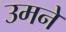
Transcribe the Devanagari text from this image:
उमने